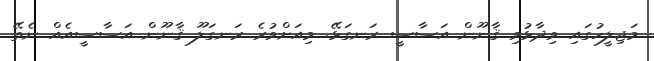
މަޖިލީހުގައި ވިދާޅުވި ޤާނޫން އަސާސީ ރަނގަޅޭ. މިއަށްވުރެ ރަނގަލޫ ޤާނޫން އަސާސީއެއް ނެތޭ